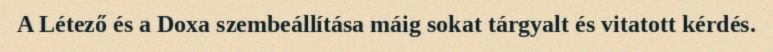
A Létező és a Doxa szembeállítása máig sokat tárgyalt és vitatott kérdés.